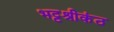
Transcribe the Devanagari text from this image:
भट्टश्रीकंठ